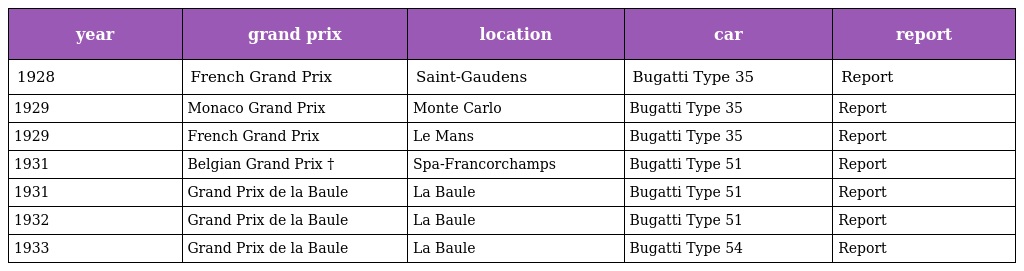
| year | grand prix | location | car | report |
 | --- | --- | --- | --- | --- |
 | 1928 | French Grand Prix | Saint-Gaudens | Bugatti Type 35 | Report |
 | 1929 | Monaco Grand Prix | Monte Carlo | Bugatti Type 35 | Report |
 | 1929 | French Grand Prix | Le Mans | Bugatti Type 35 | Report |
 | 1931 | Belgian Grand Prix † | Spa-Francorchamps | Bugatti Type 51 | Report |
 | 1931 | Grand Prix de la Baule | La Baule | Bugatti Type 51 | Report |
 | 1932 | Grand Prix de la Baule | La Baule | Bugatti Type 51 | Report |
 | 1933 | Grand Prix de la Baule | La Baule | Bugatti Type 54 | Report |